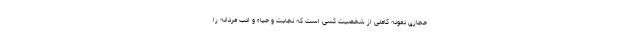
حجازی نمونه کاملی از شخصیت کسی است که نجابت و حیاء و ادب مردانه را